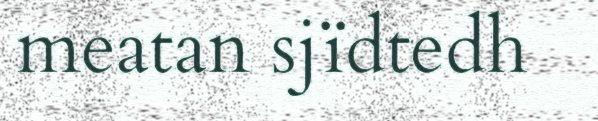
meatan sjïdtedh